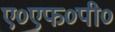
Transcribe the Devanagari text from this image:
ए०एफ०पी०